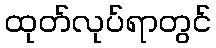
ထုတ်လုပ်ရာတွင်